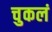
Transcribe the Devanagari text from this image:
चुकलं